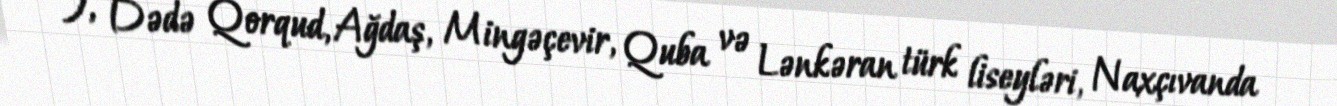
), Dədə Qorqud, Ağdaş, Mingəçevir, Quba və Lənkəran türk liseyləri, Naxçıvanda